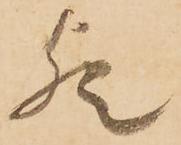
欤